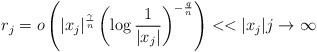
\begin{align*} r_j =o\left( |x_j|^{\frac{\gamma}{n}} \left(\log\frac{1}{|x_j|}\right)^{-\frac{q}{n}}\right)<<|x_j| j\to\infty \end{align*}